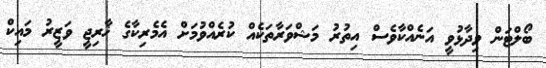
ބޯލްޓަން ވިދާޅުވީ އަނެއްކާވެސް އިތުރު މަޝްވަރާތަކެއް ކުރެއްވުމަށް އެމެރިކާގެ ޚާރިޖީ ވަޒީރު މައިކް